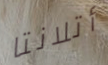
أتلانتا